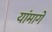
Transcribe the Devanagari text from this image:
यांमागे